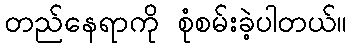
တည်နေရာကို စုံစမ်းခဲ့ပါတယ်။